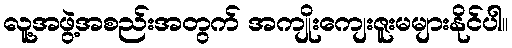
လူ့အဖွဲ့အစည်းအတွက် အကျိုးကျေးဇူးမများနိုင်ပါ။